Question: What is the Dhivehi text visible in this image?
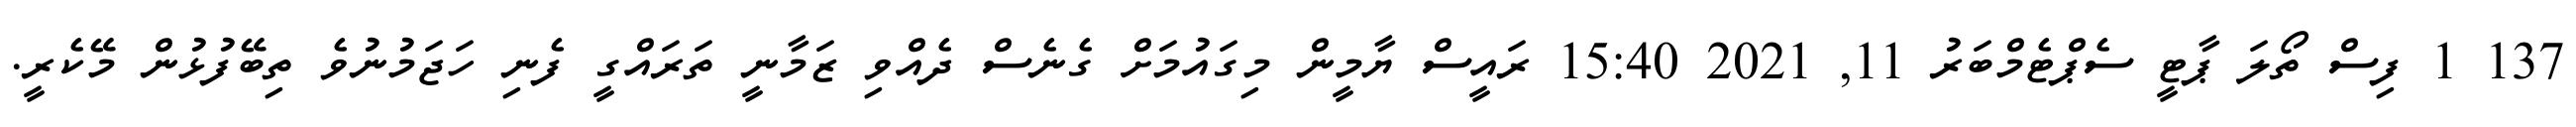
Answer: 137 1 ފިސް ތޯލަ ޕާޓީ ސެޕްޓެމްބަރު 11, 2021 15:40 ރައީސް ޔާމީން މިގައުމަށް ގެނެސް ދެއްވި ޒަމާނީ ތަރައްގީ ފެނި ހަޖަމުނުވެ ތިބޭފުޅުން މޭކެރީ.